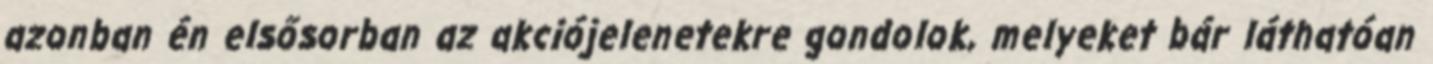
azonban én elsősorban az akciójelenetekre gondolok, melyeket bár láthatóan